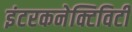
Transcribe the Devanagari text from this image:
इंटरकनेक्टिविटी